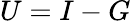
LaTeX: U=I-G